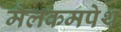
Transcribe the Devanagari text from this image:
मैलकमपेथ